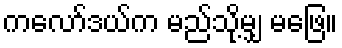
ကလော်ဒယ်က မည်သို့မျှ မဖြေ။